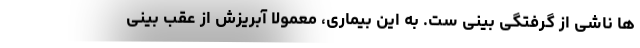
ها ناشی از گرفتگی بینی ست. به این بیماری، معمولا آبریزش از عقب بینی